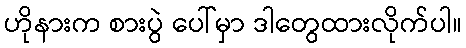
ဟိုနားက စားပွဲ ပေါ်မှာ ဒါတွေထားလိုက်ပါ။